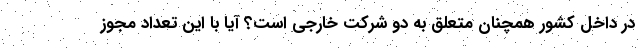
در داخل کشور همچنان متعلق به دو شرکت خارجی است؟ آیا با این تعداد مجوز